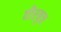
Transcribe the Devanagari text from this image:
वीरवृत्त